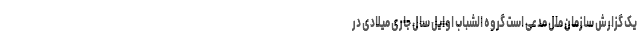
یک گزارش سازمان ملل مدعی است گروه الشباب اوایل سال جاری میلادی در